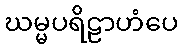
ဃမ္မပရိဠာဟံပေ